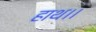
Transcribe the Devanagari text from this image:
हाथ।।